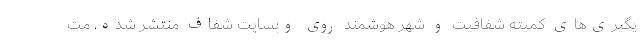
یگیری‌های کمیته شفافیت و شهر هوشمند روی وبسایت شفاف منتشر شده، مت